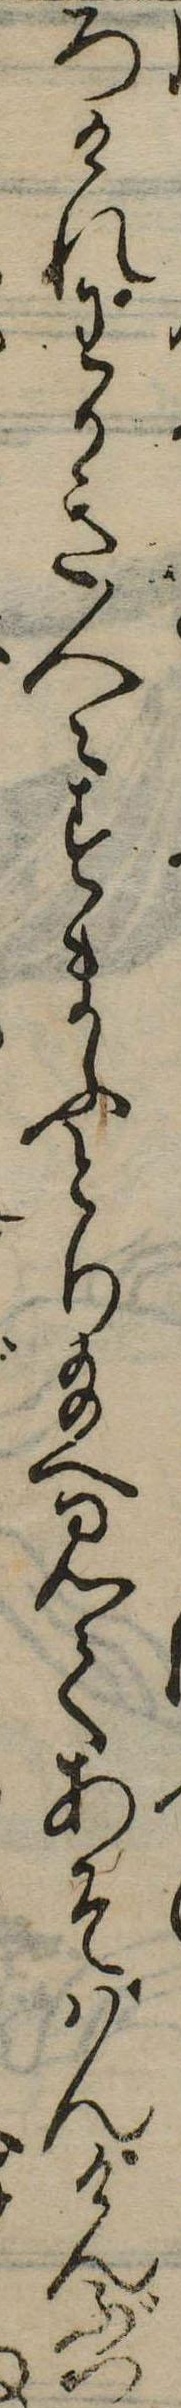
ろけれわかき人々すまふとり給へ見てあそばんけんぶつ